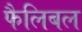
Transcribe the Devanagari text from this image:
फैलिबल